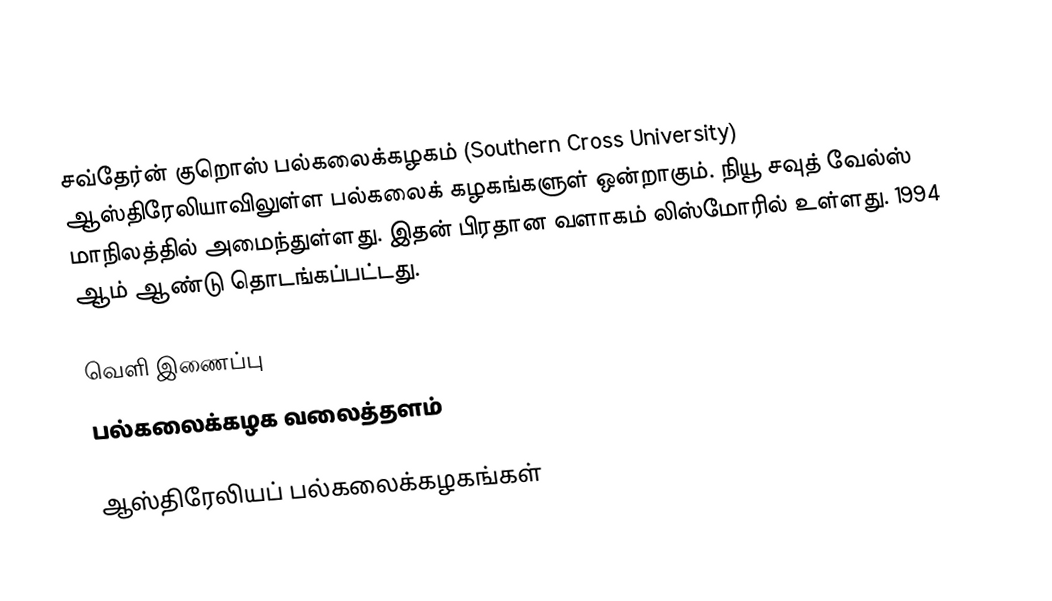
சவ்தேர்ன் குறொஸ் பல்கலைக்கழகம் (Southern Cross University) ஆஸ்திரேலியாவிலுள்ள பல்கலைக் கழகங்களுள் ஒன்றாகும். நியூ சவுத் வேல்ஸ் மாநிலத்தில் அமைந்துள்ளது. இதன் பிரதான வளாகம் லிஸ்மோரில் உள்ளது. 1994 ஆம் ஆண்டு தொடங்கப்பட்டது.

வெளி இணைப்பு
 பல்கலைக்கழக வலைத்தளம்

ஆஸ்திரேலியப் பல்கலைக்கழகங்கள்